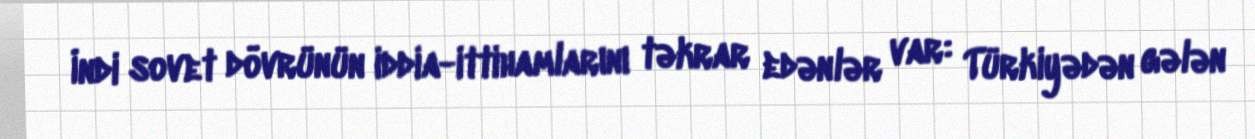
İndi sovet dövrünün iddia-ittihamlarını təkrar edənlər var: Türkiyədən gələn